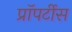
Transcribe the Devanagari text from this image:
प्रॉपर्टीस